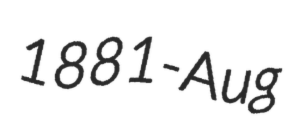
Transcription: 1881-Aug